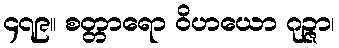
၄၇၉။ စတ္တာရော ဝိဟယော ဂုဉ္ဇာ၊